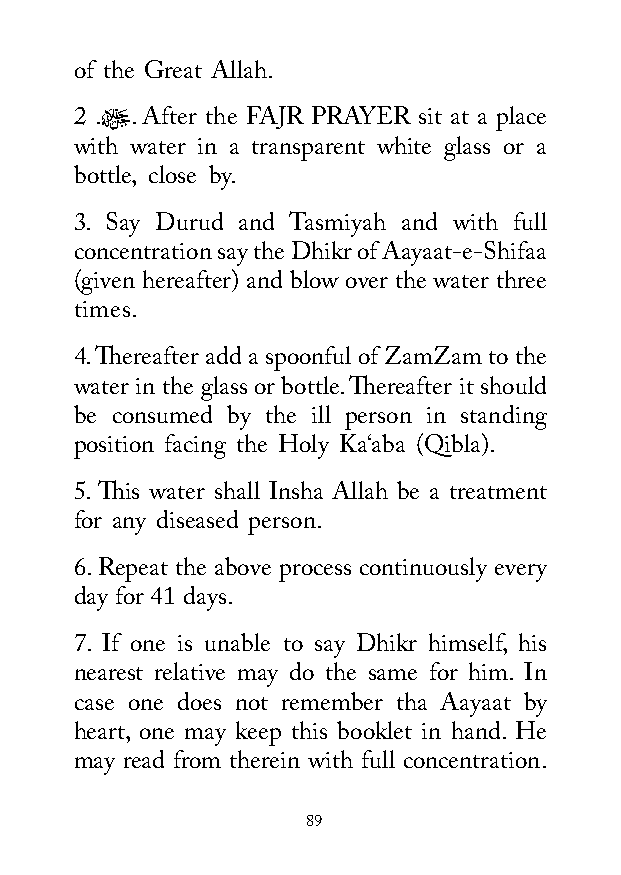
of the Great Allah.
 2 .ﷻ. After the FAJR PRAYER sit at a place
 with water in a transparent white glass or a
 bottle, close by.
 3. Say Durud and Tasmiyah and with full
 concentration say the Dhikr of Aayaat-e-Shifaa
 (given hereafter) and blow over the water three
 times.
 4. Thereafter add a spoonful of ZamZam to the
 water in the glass or bottle. Thereafter it should
 be consumed by the ill person in standing
 position facing the Holy Ka‘aba (Qibla).
 5. This water shall Insha Allah be a treatment
 for any diseased person.
 6. Repeat the above process continuously every
 day for 41 days.
 7. If one is unable to say Dhikr himself, his
 nearest relative may do the same for him. In
 case one does not remember tha Aayaat by
 heart, one may keep this booklet in hand. He
 may read from therein with full concentration.
 89